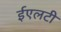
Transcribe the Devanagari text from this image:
ईएलटी